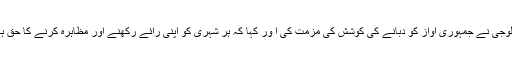
اتوار کو جاری کئے گئے اپنے بیان میں علی گڑھ سوسائیٹی آف ہسٹری اینڈسایکولوجی نے جمہوری آواز کو دبانے کی کوشش کی مزمت کی ا ور کہا کہ ہر شہری کو اپنی رائے رکھنے اور مظاہرہ کرنے کا حق ہے اور اگر اس کو روکنے کی کوشش کی گئی تو یہ آئین کی خلاف ورزی ہو گی۔